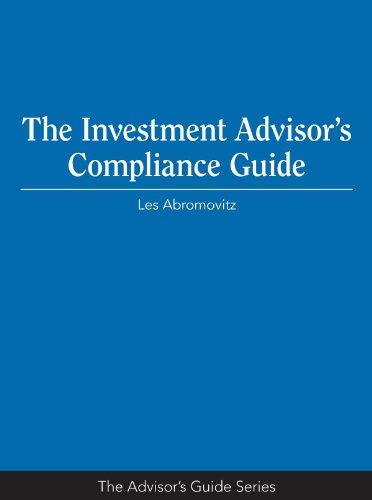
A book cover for The Investment Advisor's Compliance Guide (Advisor's Guide); Les Abromovitz; Business & Money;